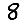
Digit: 8